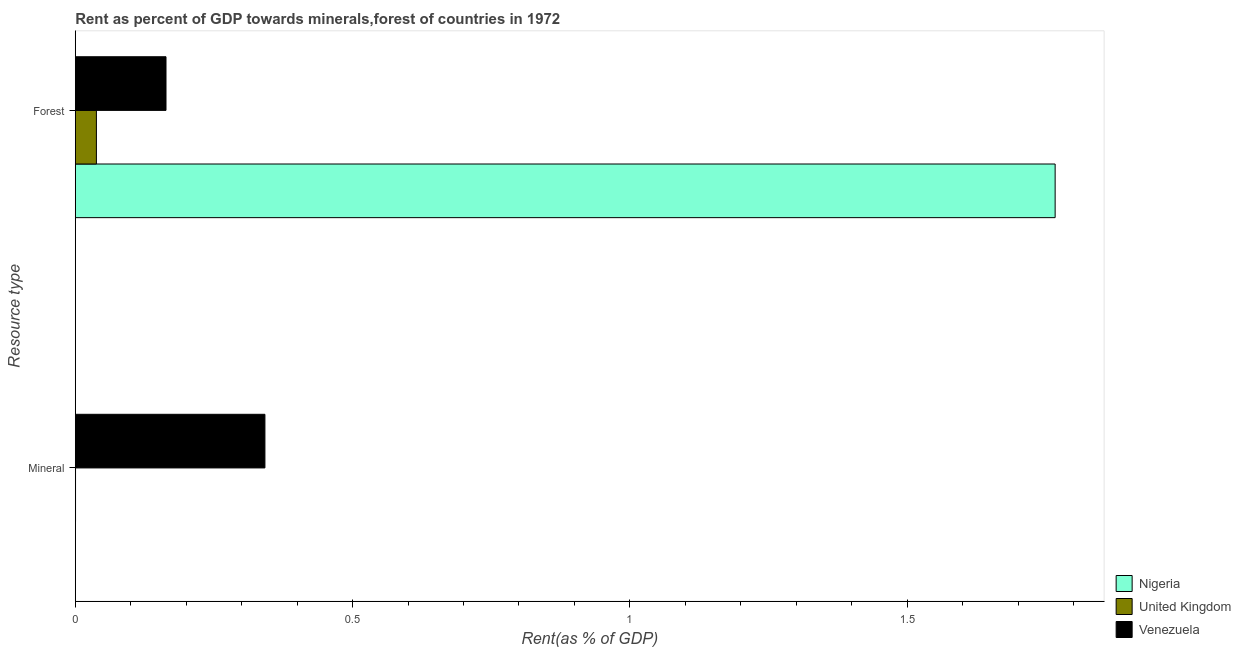
| Resource type | Nigeria | United Kingdom | Venezuela |
 | --- | --- | --- | --- |
 | Mineral | 0.000348 | 0.000405 | 0.342 |
 | Forest | 1.77 | 0.0381 | 0.164 |